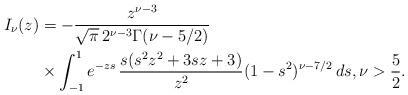
LaTeX: \begin{align*}I_{\nu}(z) &= -\frac{z^{\nu-3}}{\sqrt{\pi}\,2^{\nu-3}\Gamma(\nu-5/2)} \\*& \times \int_{-1}^1 e^{-zs} \,\frac{s(s^2z^2+3sz+3)}{z^2}(1-s^2)^{\nu-7/2}\,ds,\nu>\frac52.\end{align*}